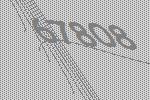
67808